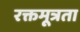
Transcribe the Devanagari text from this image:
रक्तमूत्रता